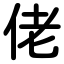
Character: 佬